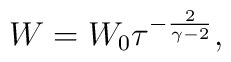
W=W_0\tau^{-{2\over{\gamma-2}}},